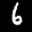
Label: 6